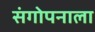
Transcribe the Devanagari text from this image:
संगोपनाला